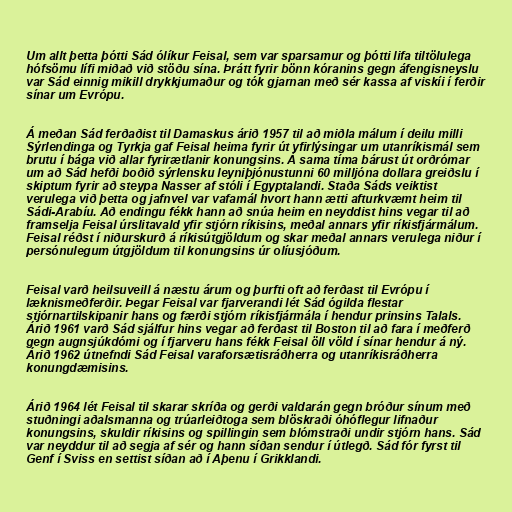
Um allt þetta þótti Sád ólíkur Feisal, sem var sparsamur og þótti lifa tiltölulega
hófsömu lífi miðað við stöðu sína. Þrátt fyrir bönn kóranins gegn áfengisneyslu
var Sád einnig mikill drykkjumaður og tók gjarnan með sér kassa af viskíi í ferðir
sínar um Evrópu.

Á meðan Sád ferðaðist til Damaskus árið 1957 til að miðla málum í deilu milli
Sýrlendinga og Tyrkja gaf Feisal heima fyrir út yfirlýsingar um utanríkismál sem
brutu í bága við allar fyrirætlanir konungsins. Á sama tíma bárust út orðrómar
um að Sád hefði boðið sýrlensku leyniþjónustunni 60 milljóna dollara greiðslu í
skiptum fyrir að steypa Nasser af stóli í Egyptalandi. Staða Sáds veiktist
verulega við þetta og jafnvel var vafamál hvort hann ætti afturkvæmt heim til
Sádi-Arabíu. Að endingu fékk hann að snúa heim en neyddist hins vegar til að
framselja Feisal úrslitavald yfir stjórn ríkisins, meðal annars yfir ríkisfjármálum.
Feisal réðst í niðurskurð á ríkisútgjöldum og skar meðal annars verulega niður í
persónulegum útgjöldum til konungsins úr olíusjóðum.

Feisal varð heilsuveill á næstu árum og þurfti oft að ferðast til Evrópu í
læknismeðferðir. Þegar Feisal var fjarverandi lét Sád ógilda flestar
stjórnartilskipanir hans og færði stjórn ríkisfjármála í hendur prinsins Talals.
Árið 1961 varð Sád sjálfur hins vegar að ferðast til Boston til að fara í meðferð
gegn augnsjúkdómi og í fjarveru hans fékk Feisal öll völd í sínar hendur á ný.
Árið 1962 útnefndi Sád Feisal varaforsætisráðherra og utanríkisráðherra
konungdæmisins.

Árið 1964 lét Feisal til skarar skríða og gerði valdarán gegn bróður sínum með
stuðningi aðalsmanna og trúarleiðtoga sem blöskraði óhóflegur lifnaður
konungsins, skuldir ríkisins og spillingin sem blómstraði undir stjórn hans. Sád
var neyddur til að segja af sér og hann síðan sendur í útlegð. Sád fór fyrst til
Genf í Sviss en settist síðan að í Aþenu í Grikklandi.